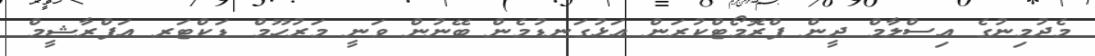
މެދުމިނުގެ އިސްލާމް ދީން ޕްރޮމޯޓްކުރަން އަޅުގަނޑުމެން ބޭނުން ވަނީ މަރުހޫމް ޑަކްޓަރ އަފްރާޝީމް